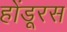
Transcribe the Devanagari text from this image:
होंडूरस